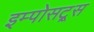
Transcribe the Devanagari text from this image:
इम्पोसट्र्स